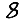
Digit: 8